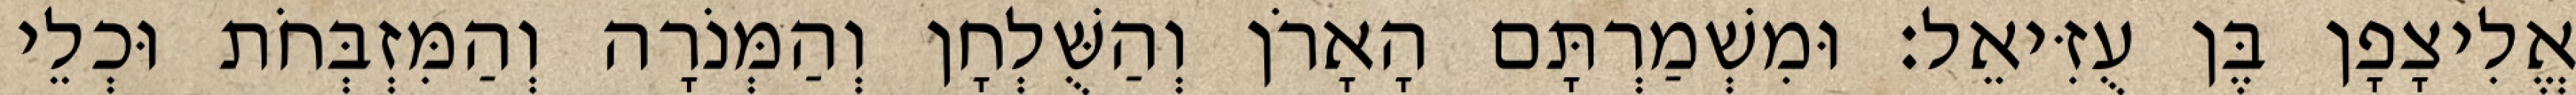
אֱלִיצָפָן בֶּן עֻזִּיאֵל׃ וּמִשְׁמַרְתָּם הָאָרֹן וְהַשֻּׁלְחָן וְהַמְּנֹרָה וְהַמִּזְבְּחֹת וּכְלֵי